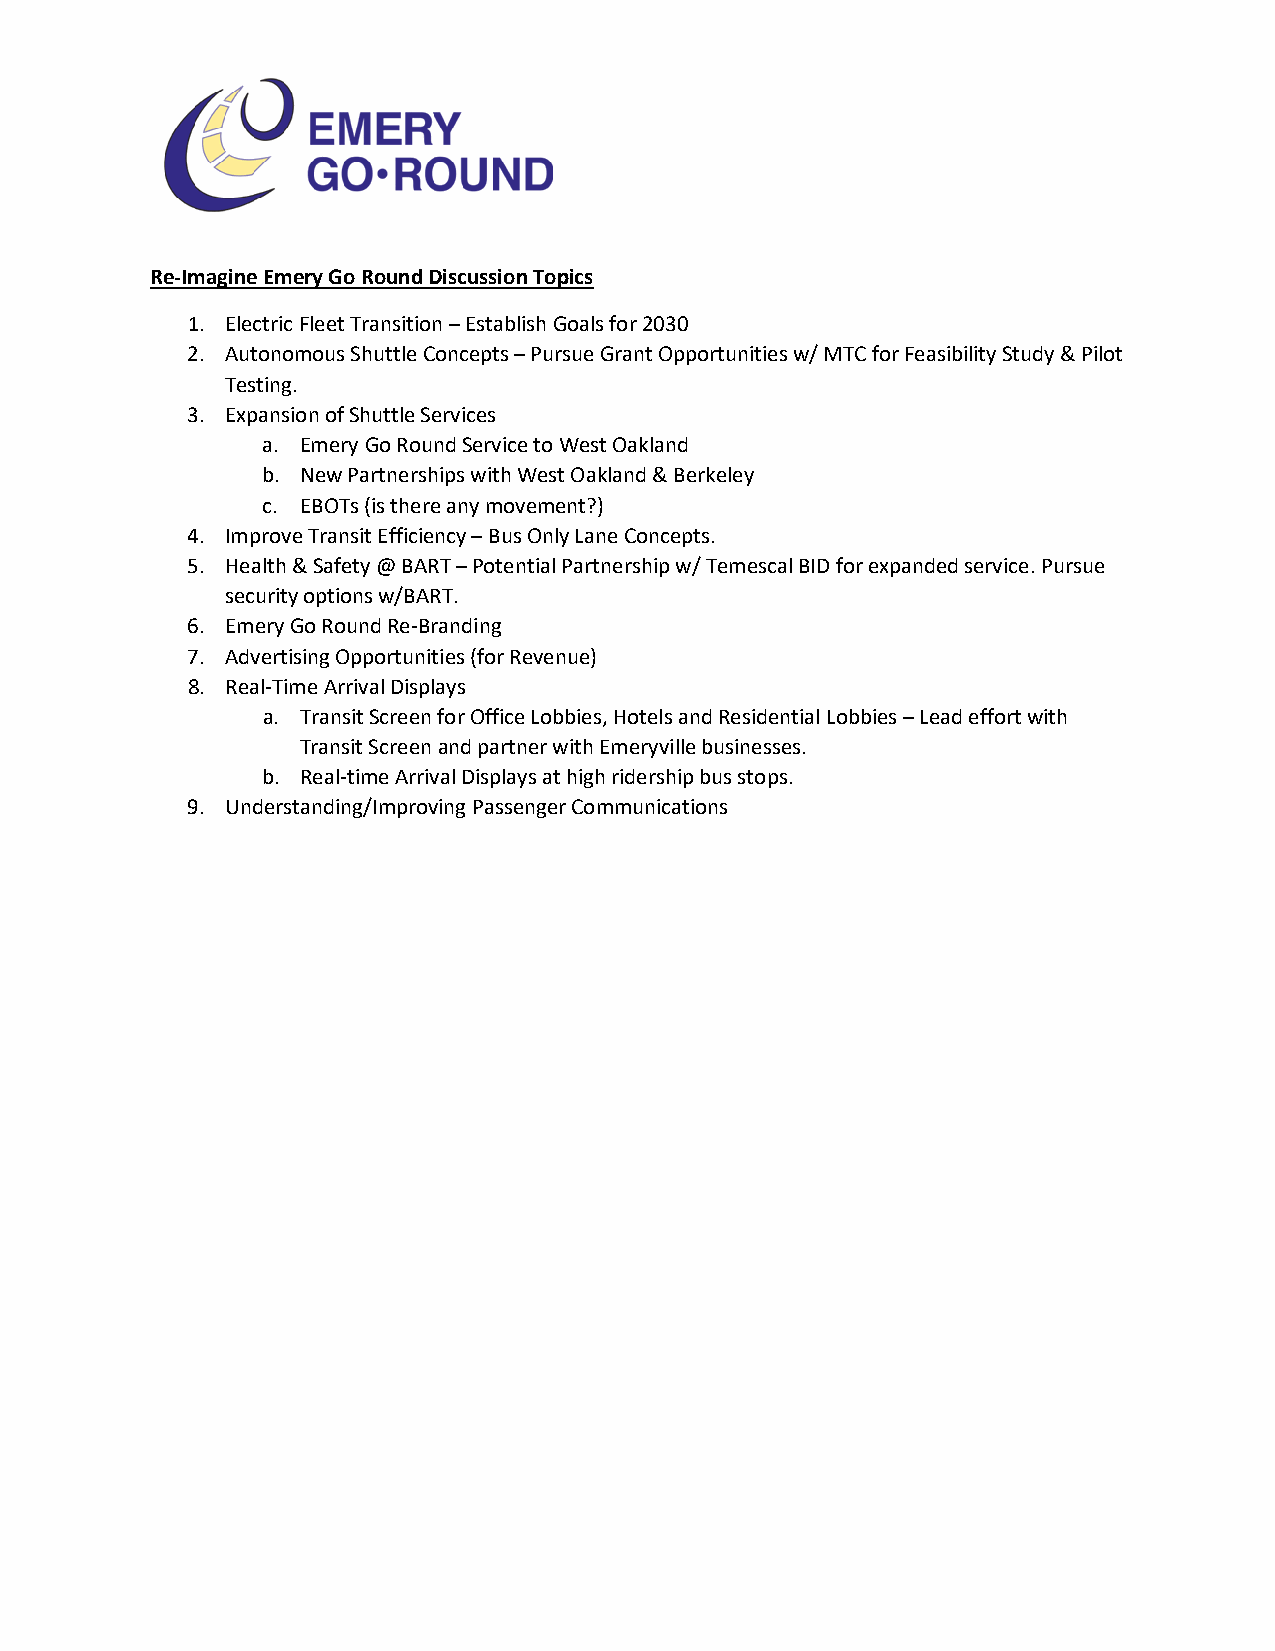
Re-Imagine Emery Go Round Discussion Topics
 1. Electric Fleet Transition – Establish Goals for 2030
 2. Autonomous Shuttle Concepts – Pursue Grant Opportunities w/ MTC for Feasibility Study & Pilot
 Testing.
 3. Expansion of Shuttle Services
 a. Emery Go Round Service to West Oakland
 b. New Partnerships with West Oakland & Berkeley
 c. EBOTs (is there any movement?)
 4. Improve Transit Efficiency – Bus Only Lane Concepts.
 5. Health & Safety @ BART – Potential Partnership w/ Temescal BID for expanded service. Pursue
 security options w/BART.
 6. Emery Go Round Re-Branding
 7. Advertising Opportunities (for Revenue)
 8. Real-Time Arrival Displays
 a. Transit Screen for Office Lobbies, Hotels and Residential Lobbies – Lead effort with
 Transit Screen and partner with Emeryville businesses.
 b. Real-time Arrival Displays at high ridership bus stops.
 9. Understanding/Improving Passenger Communications